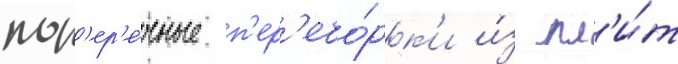
поп'ер'е́чные п'ер'ебо́рк'и и́з пл'и́т